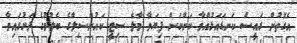
އެގޮތުން ރައީސް ކަނޑައަޅުއްވާ ކަންކަން ފިޔަވާ މާލެ ސިޓީ ކައުންސިލްގެ ބެލުމުގެ ދަށުގައިވާ